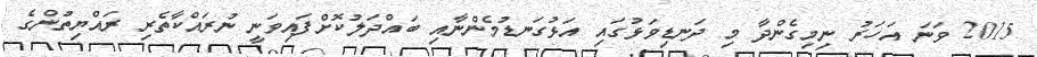
2015 ވަނަ އަހަރު ނިމިގެންދާ މި ދަނޑިވަޅުގައި އަޅުގަނޑުމެންނާއި ބައްދަލުކޮށްފައިވަނީ ނުރައްކާތެރި ރައްޔިތުންގެ